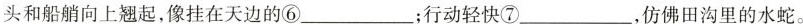
头和船艄向上翘起，像挂在天边的⑥___；行动轻快⑦____，仿佛田沟里的水蛇。